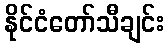
နိုင်ငံတော်သီချင်း